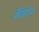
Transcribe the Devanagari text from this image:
सैवेंटीज़